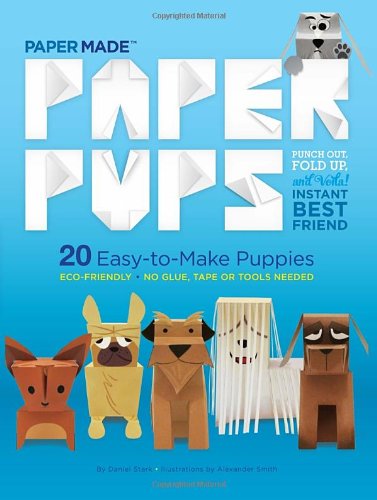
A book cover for Paper Pups; Papermade; Crafts, Hobbies & Home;